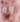
انه